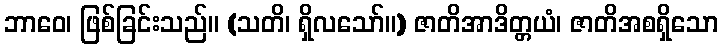
ဘာဝေ၊ ဖြစ်ခြင်းသည်။ (သတိ၊ ရှိလသော်။) ဇာတိအာဒိတ္တယံ၊ ဇာတိအစရှိသော